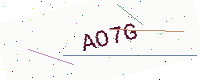
Text: AO7G